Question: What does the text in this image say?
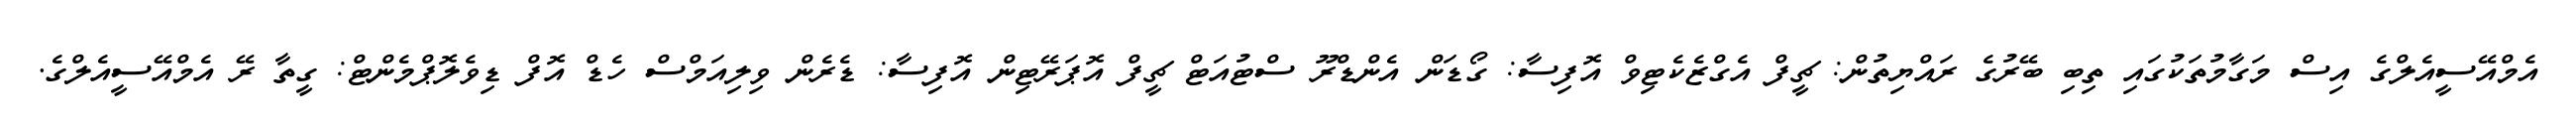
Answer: އެމްއޭސީއެލްގެ އިސް މަގާމުތަކުގައި ތިބި ބޭރުގެ ރައްޔިތުން: ޗީފް އެގްޒެކެޓިވް އޮފިސާ: ގޯޑަން އެންޑްރޫ ސްޓުއަޓް ޗީފް އޮޕަރޭޓިން އޮފިސާ: ޑެރެން ވިލިއަމްސް ހެޑް އޮފް ޑިވެލޮޕްމެންޓް: ގީތާ ރޭ އެމްއޭސީއެލްގެ.